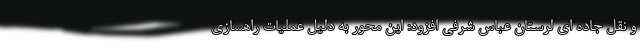
و نقل جاده ای لرستان عباس شرفی افزود: این محور به دلیل عملیات راهسازی